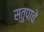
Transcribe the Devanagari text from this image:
स्तुपाचे